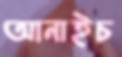
আনাইচ